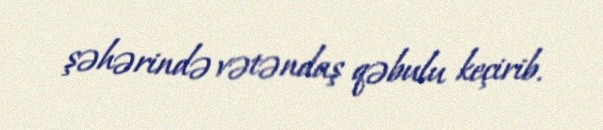
şəhərində vətəndaş qəbulu keçirib.